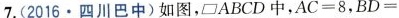
7.(2016.四川巴中)如图，□ABCD中，$$A C = 8$$，$$B D =